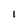
Character: l